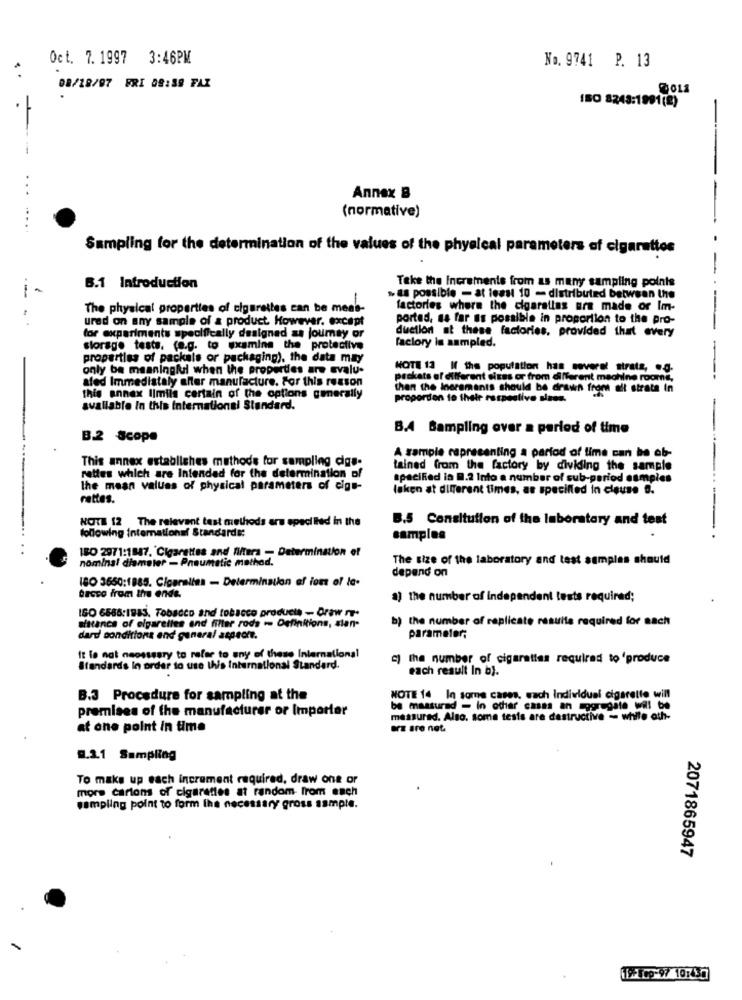
Oct. 7.1997 3:46PM
No. 9741 P. 13
..
08/18/97 FRI 08:39 FAX
ISO 8243:1991(8)
---
-
Annex B
(normative)
... .....
Sampling for the determination of the values of the physical parameters of cigarettes
6.1 Introduction
Take the Increments from as many sampling points
. as possible - at least 10 - distributed between the
The physical properties of cigarettes can be mens-
factories where the cigaretlas ure made or Im-
ured on any sample of & product. However, except
ported, as far as possible in proportion to the pro-
for experiments specifically designed as journay or
duction at these factories, provided that every
storage tests. (e.g. to examine the protective
factory in sampled.
properties of packals or packaging), the data may
only be meaningful when the properties are evalu-
NOTE 13 If the population has several strate, .. g.
afed Immediately after manufacture. For this reason
packets of different sizes or from different machine rooms,
then the Ineramants should be drawn from alt strats In
this annex Ilmils certain of the options generally
proportion to their respective sizes.
available In this international Standard.
B.4 Sampling over a period of time
B.2 Scope
A sample representing a period of time can be ob-
This annex establishes methods for sampling dgs-
tained from the factory by dividing the sample
rettes which are Intended for the determination of
specified in D.2 Into a number of sub-period samples
The mean values of physical parameters of cigs-
løken at different times, as specified in clause D.
rettes.
NOTE 12 The relevant test methods are specified in the
B.5 Consitution of the laboratory and test
following international Standards:
samples
IBO 2971:1887, Cigarettes and filtera - Determination of
nominal diameter - Pneumatic method.
The size of the laboratory and test samples should
depend on
180 3650:1885. Cigaralies - Determination of ion of la-
bacco from the enda.
a) the number of independent tests required;
IGO 6586:1943, Tobacco and tobacco products - Draw r-
sistance of elgarelles and filter rods - Definitions, sian-
b) the number of replicate results required for each
dard conditions and general aspect.
parameter;
It lo not necessary to refer to any of these International
c) the number of cigarettes required to 'produce
Standards In order to use this International Standard.
each result In b).
B.3 Procedure for sampling at the
NOTE 14 In some cases, wach Individual cigarette will
premises of the manufacturer or Importer
be measured - In other casas an aggregate will be
measured. Also. some tests are destructive - white oth-
at one point in time
arz are net.
9.2.1 Sampling
To make up each increment required, draw one or
more carions of cigarettes at random from euch
sampling point to form the necessary gross sample.
2071865947
119- 109-97 10:457